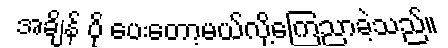
အချိန် ပို ပေးတော့မယ်လို့ကြေညာခဲ့သည်။